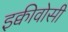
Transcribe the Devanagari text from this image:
इक्वीवोसी